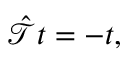
\begin{array} { r } { \hat { \mathcal T } t = - t , } \end{array}